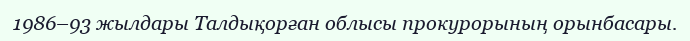
1986–93 жылдары Талдықорған облысы прокурорының орынбасары.